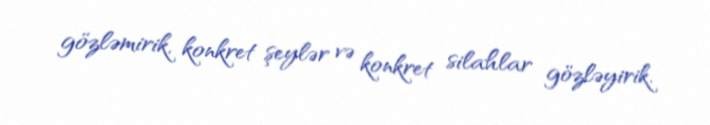
gözləmirik, konkret şeylər və konkret silahlar gözləyirik.